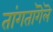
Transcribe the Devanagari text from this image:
तांगतांगॆलॆ